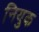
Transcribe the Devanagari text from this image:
नियुक